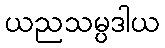
ယညသမ္ပဒါယ